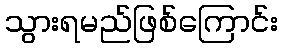
သွားရမည်ဖြစ်ကြောင်း